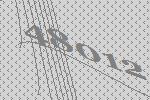
48012